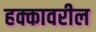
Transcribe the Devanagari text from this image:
हक्कावरील